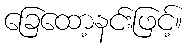
ခြေထော့နင်းဖြင့်။